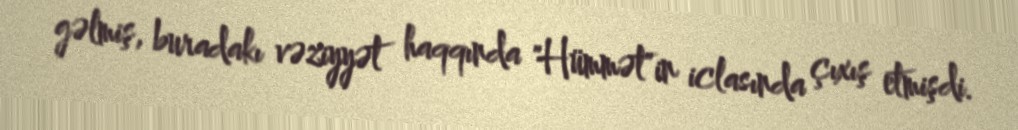
gəlmiş, buradakı vəziyyət haqqında "Hümmət"in iclasında çıxış etmişdi.